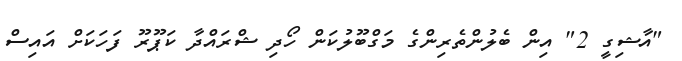
"އާޝިގީ 2" އިން ބެލުންތެރިންގެ މަގްބޫލުކަން ހޯދި ޝްރައްދާ ކަޕޫރޫ ފަހަކަށް އައިސް